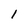
Character: i